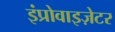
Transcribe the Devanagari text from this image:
इंप्रोवाइज़ेटर